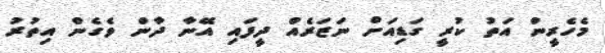
މެހެރީން އަތު ކުރީ ގަޑިއަށް ނަޒަރެއް ދީފައި އޭނާ ދާން ވެގެން އިތުރު